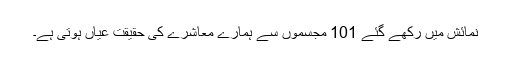
نمائش میں رکھے گئے 101 مجسموں سے ہمارے معاشرے کی حقیقت عیاں ہوتی ہے۔